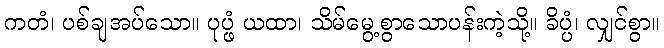
ကတံ၊ ပစ်ချအပ်သော။ ပုပ္ဖံ ယထာ၊ သိမ်မွေ့စွာသောပန်းကဲ့သို့။ ခိပ္ပံ၊ လျှင်စွာ။